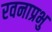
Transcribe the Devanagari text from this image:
रवनाप्रभु